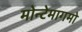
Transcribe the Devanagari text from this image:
मोन्टेमागमो